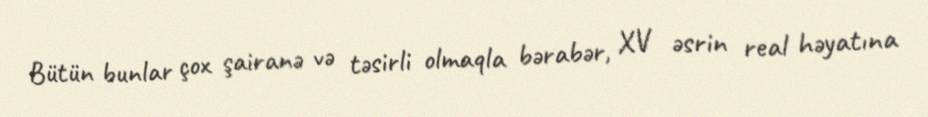
Bütün bunlar çox şairanə və təsirli olmaqla bərabər, XV əsrin real həyatına